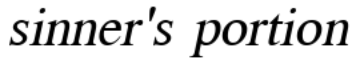
sinner's portion